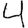
Digit: 4